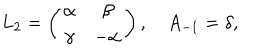
LaTeX: L _ { 2 } = \left( \begin{matrix} { { \alpha } } & { { \beta } } \\ { { \gamma } } & { { - \alpha } } \\ \end{matrix} \right) , \quad A _ { - 1 } = \delta ,